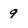
Character: 9